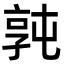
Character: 㝄